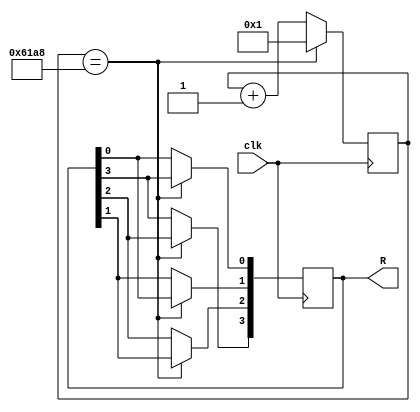
module shift_reg(clk, R);

    input clk;
    output reg[3:0] R;  // store 4-bit data
    reg[14:0] counter;  // clock cycle counter
    
    initial begin
        R = 4'b1000;    // initialize data as 1000
        counter = 0;    // initialize counter
    end

    always @(negedge clk) begin    // Negative edge triggered logic
        if(counter == 25000) begin
            R[3] <= R[2];       // shift operation
            R[2] <= R[1];
            R[1] <= R[0];
            R[0] <= R[3];
            counter <= 1;       // reset counter
        end
        else begin
            counter <= counter + 1;
        end
    end

endmodule